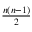
\textstyle { \frac { n ( n - 1 ) } { 2 } }